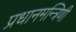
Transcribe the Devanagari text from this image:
प्रधानमन्त्रिणी